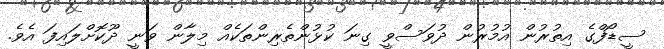
ސީޑޯފްގެ އިތުރުން އުމުރުން ދުވަސްވީ ގިނަ ކުޅުންތެރިންތަކެއް މިލާން ވަނީ ދޫކޮށްލައިފަ އެވެ.